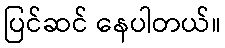
ပြင်ဆင် နေပါတယ်။